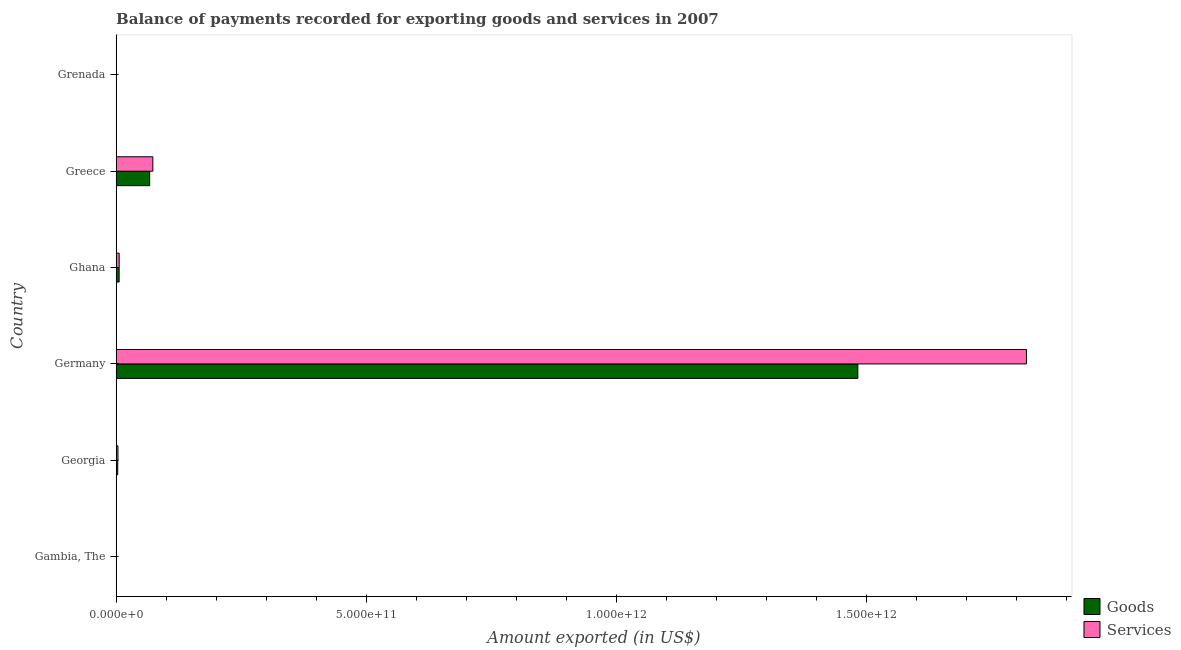
| Country | Goods | Services |
 | --- | --- | --- |
 | Gambia, The | 2.62e+08 | 2.71e+08 |
 | Georgia | 3.16e+09 | 3.65e+09 |
 | Germany | 1.48e+12 | 1.82e+12 |
 | Ghana | 6e+09 | 6.09e+09 |
 | Greece | 6.7e+10 | 7.34e+10 |
 | Grenada | 2.1e+08 | 2.23e+08 |